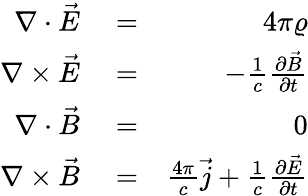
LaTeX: \begin{array}{rlr}{\nabla\cdot\vec{E}}&{{}=}&{4\pi\varrho}\\ {\nabla\times\vec{E}}&{{}=}&{-\frac{1}{c}\frac{\partial\vec{B}}{\partial t}}\\ {\nabla\cdot\vec{B}}&{{}=}&{0}\\ {\nabla\times\vec{B}}&{{}=}&{\frac{4\pi}{c}\vec{j}+\frac{1}{c}\frac{\partial\vec{E}}{\partial t}}\end{array}